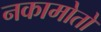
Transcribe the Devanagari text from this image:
नकामोतो